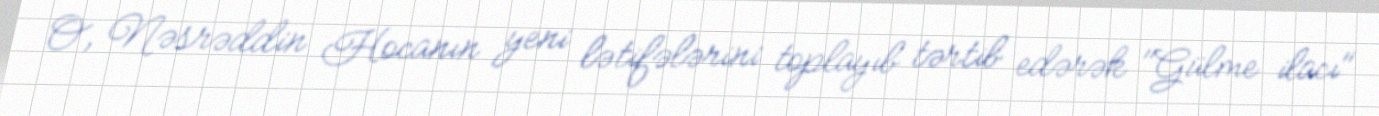
O, Nəsrəddin Hocanın yeni lətifələrini toplayıb tərtib edərək "Gülme ilacı"